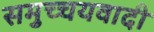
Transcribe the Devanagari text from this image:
समुच्चयवादी